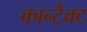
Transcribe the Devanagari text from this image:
कान्टैक्ट